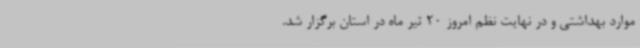
موارد بهداشتی و در نهایت نظم امروز 20 تیر ماه در استان برگزار شد.